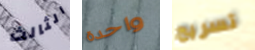
الثالث واحدة تسريح